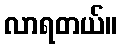
လာရတယ်။